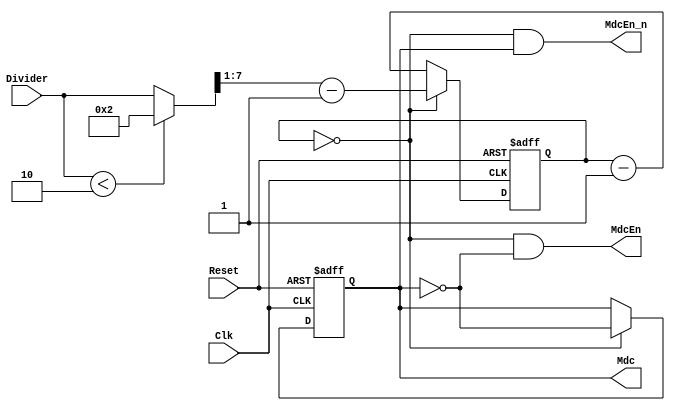
module eth_clockgen_3(Clk, Reset, Divider, MdcEn, MdcEn_n, Mdc);
parameter Tp=1;
input       Clk;              
input       Reset;            
input [7:0] Divider;          
output      Mdc;              
output      MdcEn;            
output      MdcEn_n;          
reg         Mdc;
reg   [7:0] Counter;
wire        CountEq0;
wire  [7:0] CounterPreset;
wire  [7:0] TempDivider;
assign TempDivider[7:0]   = (Divider[7:0]<2)? 8'h02 : Divider[7:0]; 
assign CounterPreset[7:0] = (TempDivider[7:0]>>1) - 8'b1;           
always @ (posedge Clk or posedge Reset)
begin
  if(Reset)
    Counter[7:0] <=  8'h1;
  else
    begin
      if(CountEq0)
        begin
          Counter[7:0] <=  CounterPreset[7:0];
        end
      else
        Counter[7:0] <=  Counter - 8'h1;
    end
end
always @ (posedge Clk or posedge Reset)
begin
  if(Reset)
    Mdc <=  1'b0;
  else
    begin
      if(CountEq0)
        Mdc <=  ~Mdc;
    end
end
assign CountEq0 = Counter == 8'h0;
assign MdcEn = CountEq0 & ~Mdc;
assign MdcEn_n = CountEq0 & Mdc;
endmodule